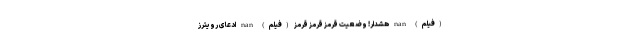
(فیلم) nan هشدار! وضعیت قرمزِ قرمزِ قرمز (فیلم) nan ادعای رویترز